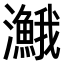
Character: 𤄣